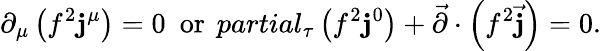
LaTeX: \partial_{\mu}\left(f^{2}\mathbf{j}^{\mu}\right)=0\ \ \mathrm{{or}}\ \, partial_{\tau}\left(f^{2}\mathbf{j}^{0}\right)+\vec{{\partial}}\cdot\left(f^{2}\vec{{\mathbf{j}}}\right)=0.